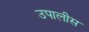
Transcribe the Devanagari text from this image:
उपालीस